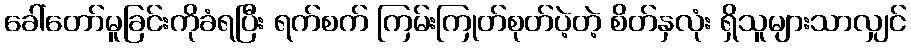
ခေါ်တော်မူခြင်းကိုခံရပြီး ရက်စက် ကြမ်းကြုတ်စုတ်ပဲ့တဲ့ စိတ်နှလုံး ရှိသူများသာလျှင်